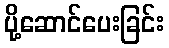
ပို့ဆောင်ပေးခြင်း